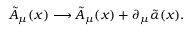
\tilde { A } _ { \mu } ( x ) \longrightarrow \tilde { A } _ { \mu } ( x ) + \partial _ { \mu } \tilde { \alpha } ( x ) .